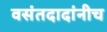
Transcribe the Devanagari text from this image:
वसंतदादांनीच